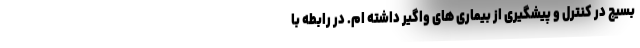
بسیج در کنترل و پیشگیری از بیماری های واگیر داشته ام. در رابطه با